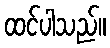
ထင်ပါသည်။